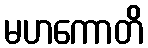
မဟကောတိ